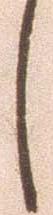
し